Civil Veterinary Dept. Bombay admin report 1932-41 - 1932-1941
Year: 1932
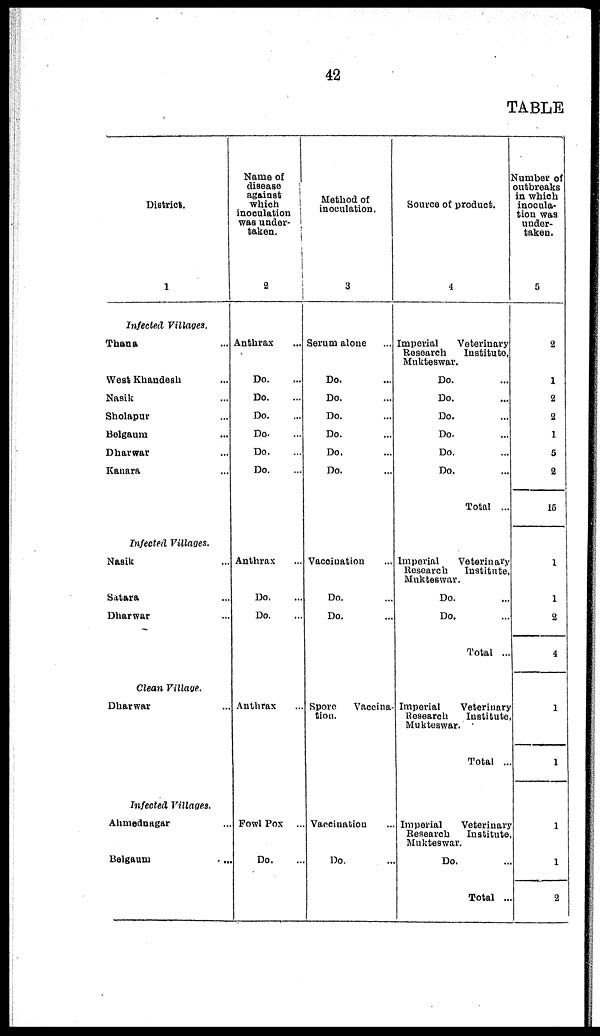
42
TABLE
District.
1
Infected Villages,
Thana ...
West Khandesh ...
Nasik ...
Sholapur ...
Belgaum ...
Dharwar ...
Kanara ...
Infected Villages.
Nasik ...
Satara ...
Dharwar ...
Clean Village.
Dharwar ...
Infected Villages.
Ahmednagar ...
Belgaum ...
Name of
disease
against
which
inoculation
was under¬
taken.
2
Anthrax ...
Do. ...
Do. ...
Do. ...
Do. ...
Do. ...
Do. ...
Anthrax ...
Do. ...
Do. ...
Anthrax ...
Fowl Pox ...
Do. ...
Method of
inoculation.
3
Serum alone ...
Do. ...
Do. ...
Do. ...
Do. ...
Do. ...
Do. ...
Vaccination ...
Do. ...
Do. ...
Spore Vaccina-
tion.
Vaccination ...
Do. ...
Source of product.
4
Imperial
Veterinary
Research
Institute,
Mukteswar.
Do. ...
Do. ...
Do. ...
Do. ...
Do. ...
Do. ...
Total ...
Imperial
Veterinary
Research
Institute,
Mukteswar.
Do. ...
Do. ...
Total ...
Imperial
Veterinary
Research
Institute
Mukteswar.
Total ...
Imperial
Veterinary
Research
Institute
Mukteswar.
Do. ...
Total ...
Number of
outbreaks
in which
inocula-
tion was
under-
taken.
5
2
1
2
2
1
5
2
15
1
1
2
4
1
1
1
1
2